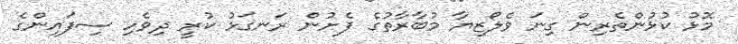
މޮޅު ކުޅުންތެރިން ގިނަ ވެލޯޒިޔާ މުބާރާތުގެ ފެށުން ރަނގަޅު ކުރީ ދިވެހި ސިފައިންގެ